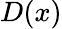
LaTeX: D(x)